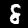
Label: 8